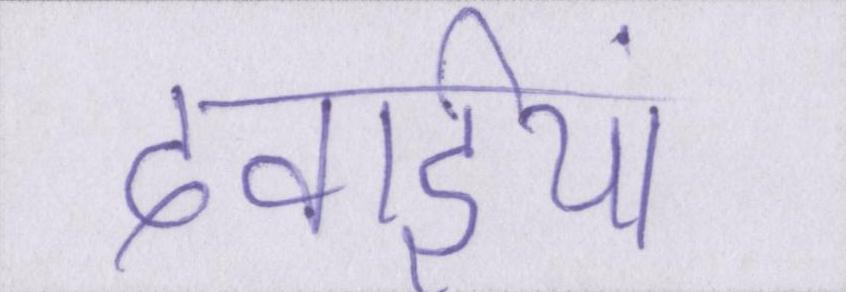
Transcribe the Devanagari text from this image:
दवाईयां